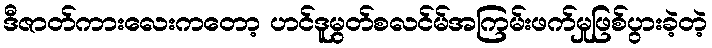
ဒီဇာတ်ကားလေးကတော့ ဟင်ဒူမွတ်စလင်မ်အကြမ်းဖက်မှုဖြစ်ပွားခဲ့တဲ့